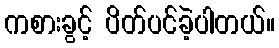
ကစားခွင့် ပိတ်ပင်ခဲ့ပါတယ်။